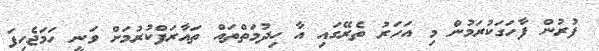
ފުރުން ފާހަގަކުރަމުން މި އަހަރު ތެރޭގައި އާ ހިދުމަތްތައް ތައާރަފްކުރުމަށް ވަނީ ހަމަޖެހިފަ